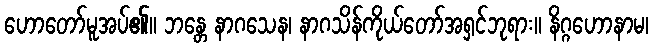
ဟောတော်မူအပ်၏။ ဘန္တေ နာဂသေန၊ နာဂသိန်ကိုယ်တော်အရှင်ဘုရား။ နိဂ္ဂဟောနာမ၊